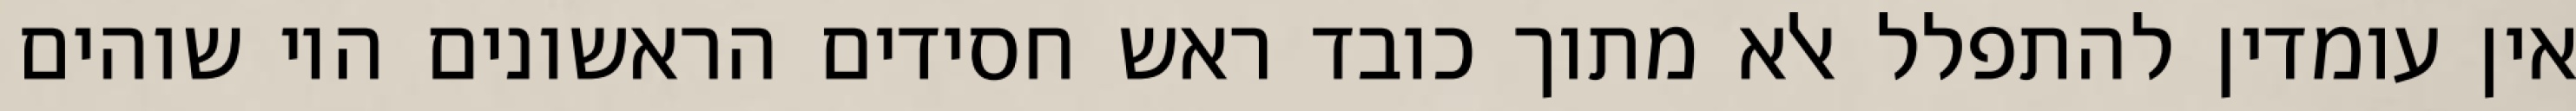
אין עומדין להתפלל אלא מתוך כובד ראש חסידים הראשונים היו שוהים